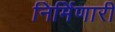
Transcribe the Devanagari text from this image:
निर्मिणारी